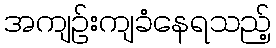
အကျဉ်းကျခံနေရသည့်